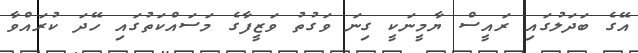
އޭގެ ބަދަލުގައި ރައީސް ޔާމީނަކީ ގިނަ ވަގުތު ވަޒީފާގެ މަސައްކަތުގައި ހޭދަ ކުރައްވާ